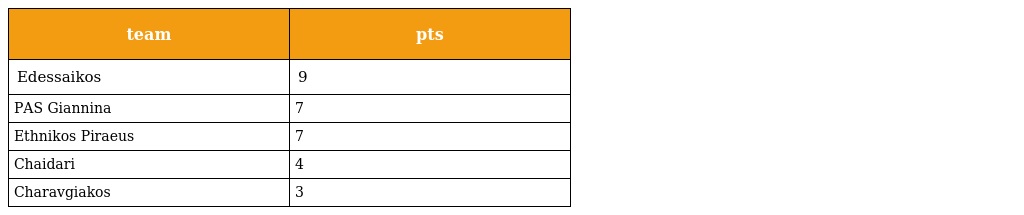
| team | pts |
 | --- | --- |
 | Edessaikos | 9 |
 | PAS Giannina | 7 |
 | Ethnikos Piraeus | 7 |
 | Chaidari | 4 |
 | Charavgiakos | 3 |